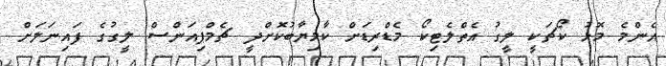
އެންމެ މޮޅު ކޯޗަކީ ލީގު އެތްލެޓިކޯ މެޑްރިޑަށް ކާމިޔާބުކޮށްދީ ޗެމްޕިއަންސް ލީގުގެ ފައިނަލަށް